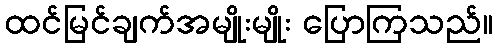
ထင်မြင်ချက်အမျိုးမျိုး ပြောကြသည်။